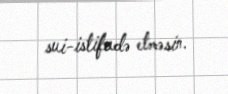
sui-istifadə etməsin.